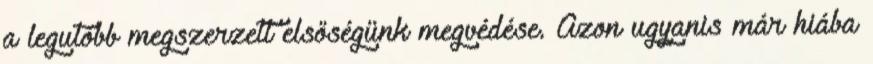
a legutóbb megszerzett elsőségünk megvédése. Azon ugyanis már hiába